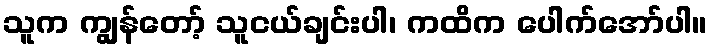
သူက ကျွန်တော့် သူငယ်ချင်းပါ၊ ကထိက ပေါက်အော်ပါ။